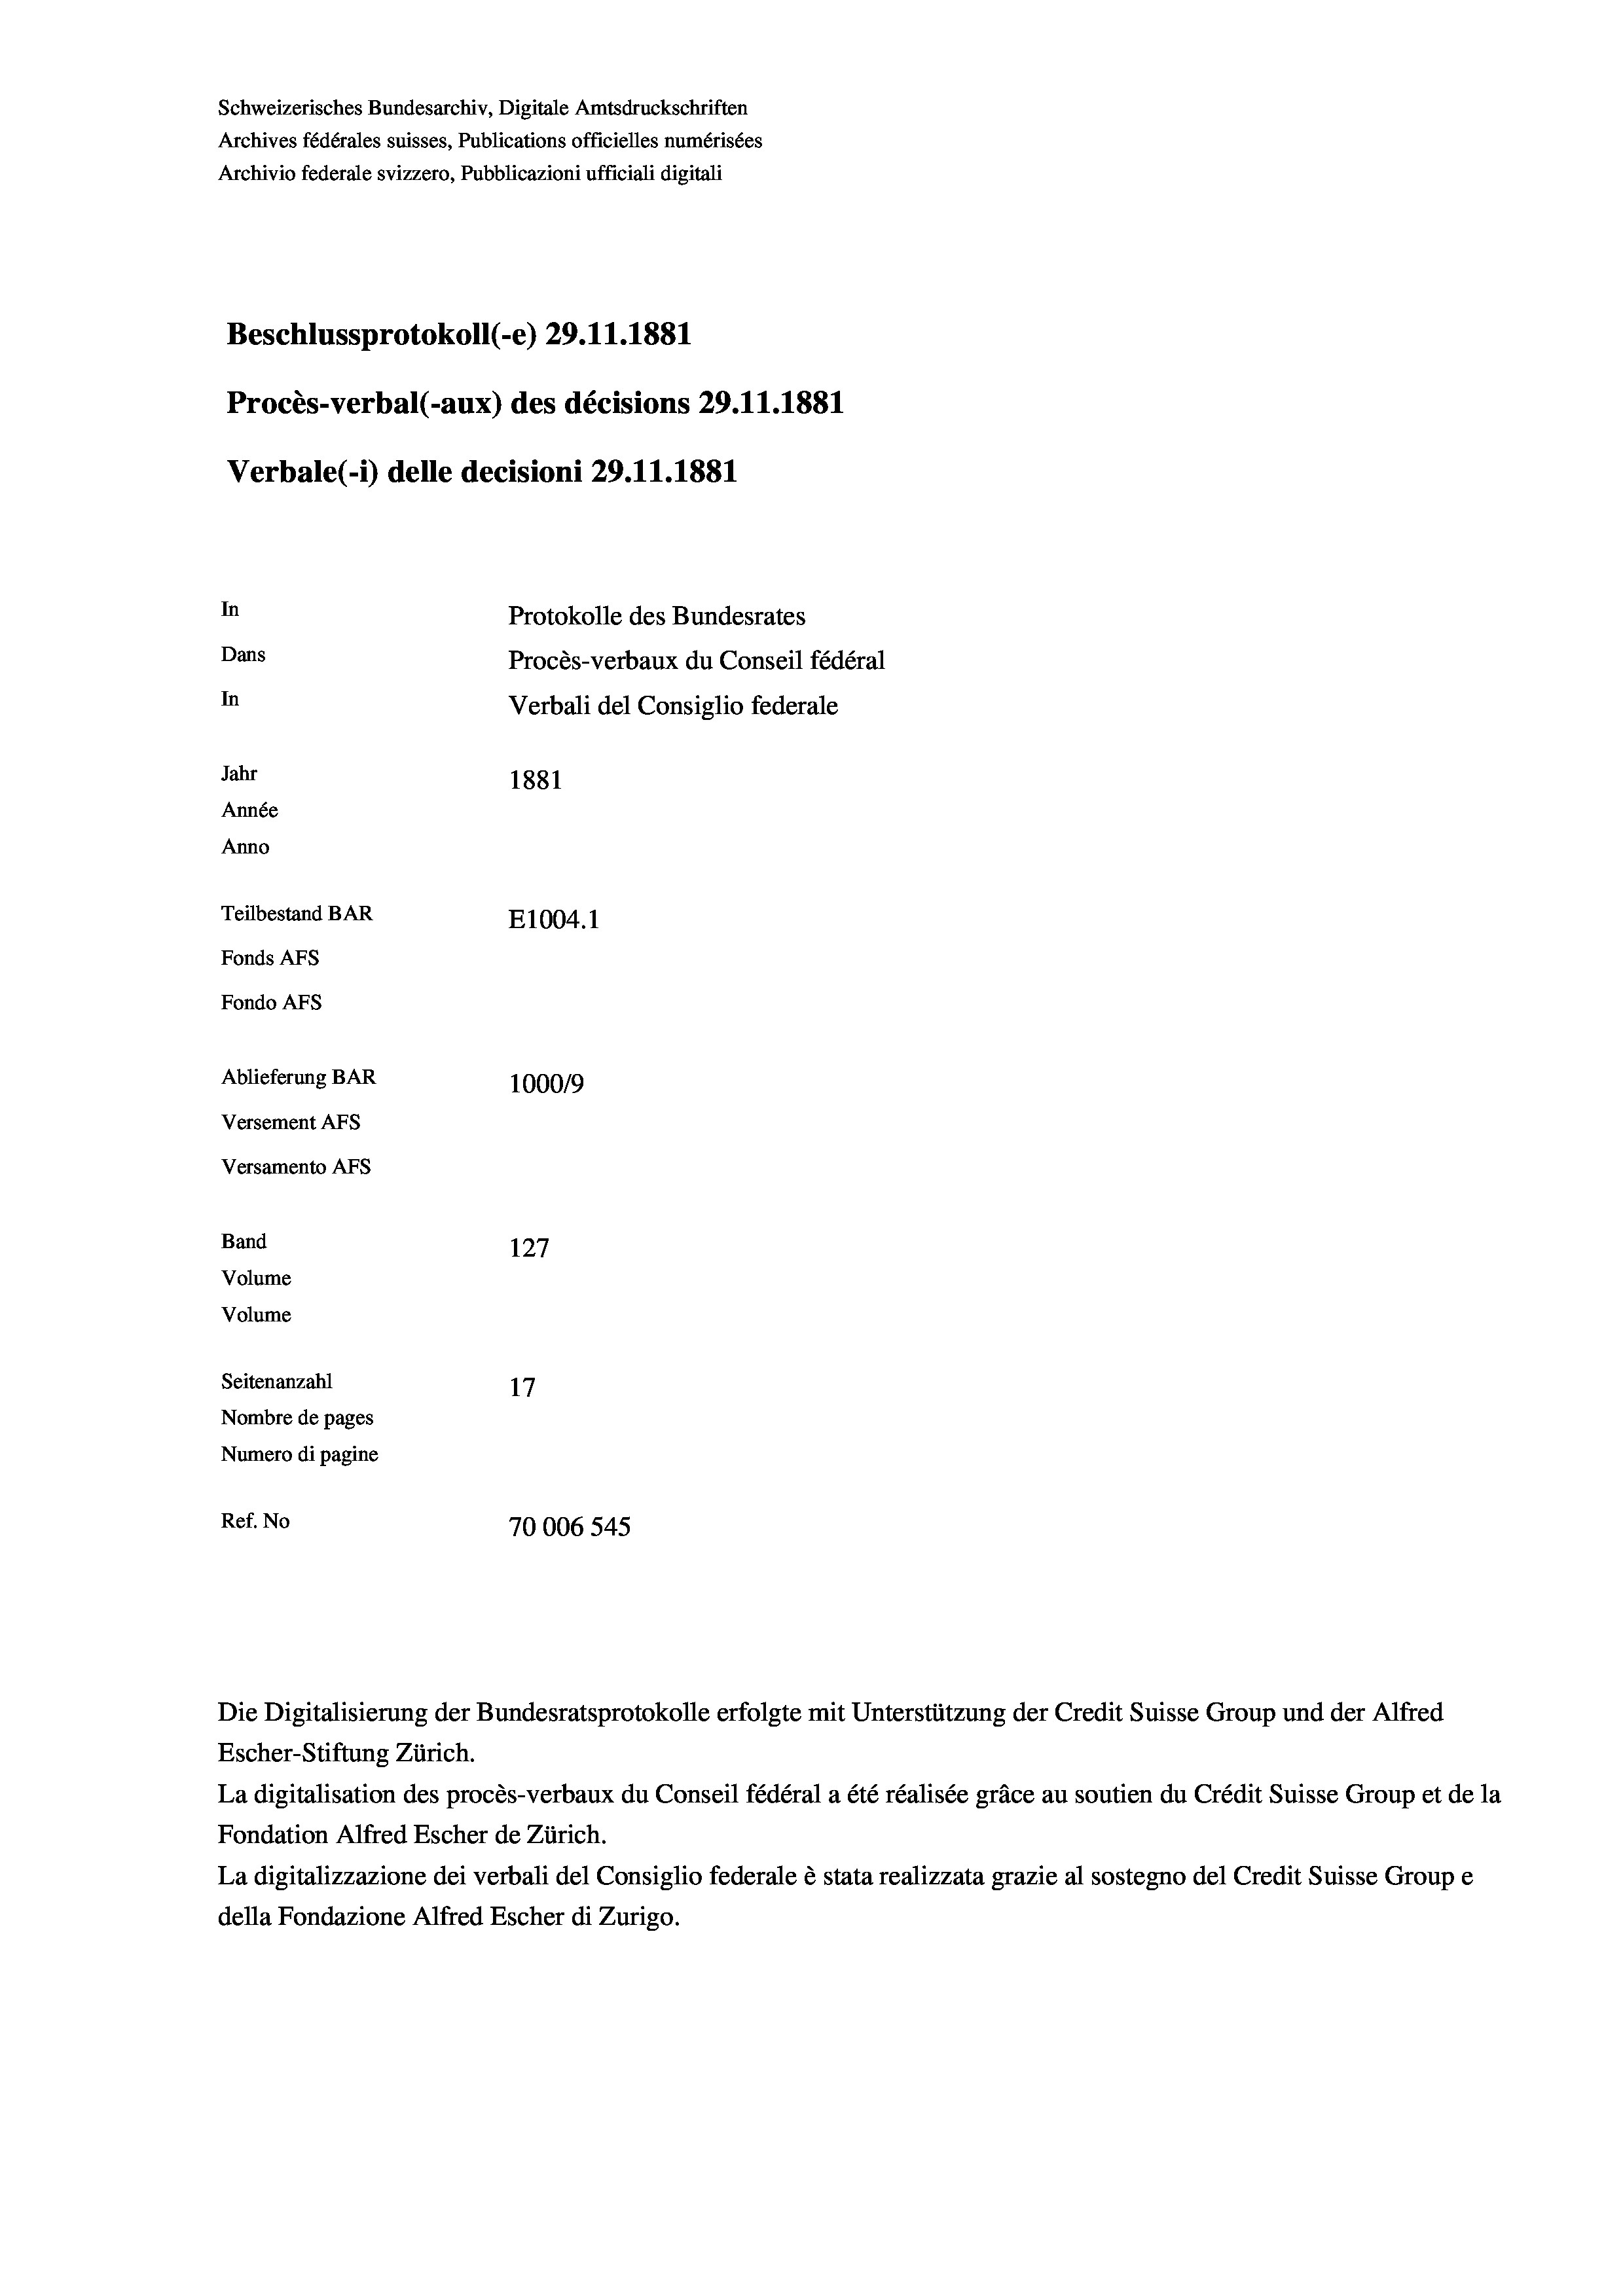
Schweizerisches Bundesarchiv, Digitale Amtsdruckschriften
Archives fédérales suisses, Publications officielles numérisées
Archivio federale svizzero, Pubblicazioni ufficiali digitali
Beschlussprotokoll (-e) 29.11.1881
Procès-verbal (-aux) des décisions 29.11.1881
Verbale (i) delle decisioni 29. 11. 1881
In
Protokolle des Bundesrates
Dans
In
Jahr
1881
Année
Anno
Teilbestand BAR
E1004.1
Fonds AFs
Fondo AFs
Ablieferung BAR
100019
Versement AFS
Versamento Afs
Band
127
Volume
Volume

17
70006 545

Seitenanzahl
Nombre de pages
Numero di pagine
Ref. No

Procès-verbaux du Conseil fédéral
Verbali del Consiglio federale

Escher-Stiftung Zürich.
La digitalisation des procès-verbaux du Conseil fédéral a été réalisée gräce au soutien du Crédit Suisse Group et de la
Fondation Alfred Escher de Zürich.
La digitalizzazione dei verbali del Consiglio federale è stata realizzata grazie al sostegno del Credit Suisse Groupe
della Fondazione Alfred Escher di Zurigo.

Die Digitalisierung der Bundesratsprotokolle erfolgte mit Unterstützung der Credit Suisse Group und der Alfred